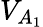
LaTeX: V_{A_{1}}